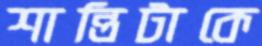
শান্তিটাকে